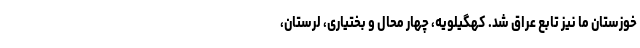
خوزستان ما نیز تابع عراق شد. کهگیلویه، چهار محال و بختیاری، لرستان،